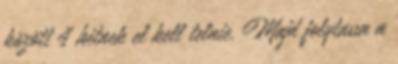
között 4 hétnek el kell telnie. Majd folytassa a